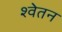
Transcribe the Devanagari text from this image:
श्वेतन